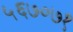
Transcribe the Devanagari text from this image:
५६७०७१